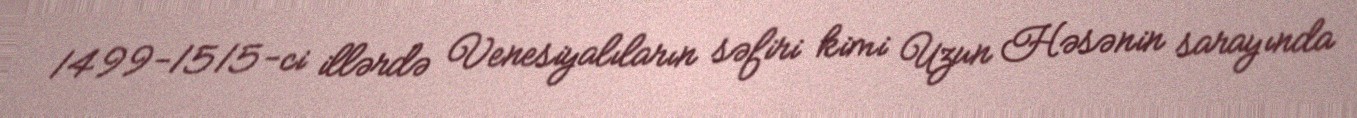
1499-1515-ci illərdə Venesiyalıların səfiri kimi Uzun Həsənin sarayında